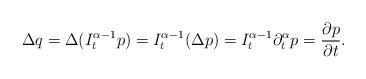
LaTeX: \begin{align*}\Delta q= \Delta (I_{t}^{\alpha-1}p)=I_{t}^{\alpha-1}(\Delta p)=I_{t}^{\alpha-1}\partial_{t}^{\alpha}p=\frac{\partial p}{\partial t}.\end{align*}